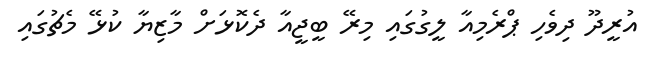
އުރީދޫ ދިވެހި ޕްރެމިއާ ލީގުގައި މިރޭ ބީޖީއާ ދެކޮޅަށް މާޒިޔާ ކުޅޭ މެޗުގައި